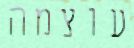
עוצמה